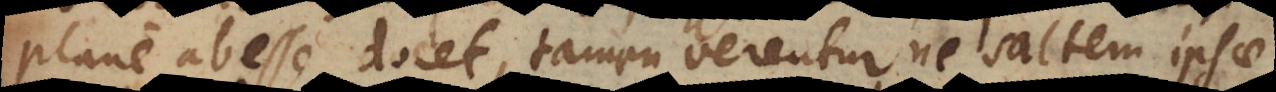
plane abesse docet, tamen verentur ne saltem ipsae